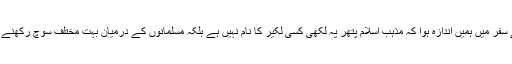
آستارا سے آردیبل کے سفر میں ہمیں اندازہ ہوا کہ مذہب اسلام پتھر پہ لکھی کسی لکیر کا نام نہیں ہے بلکہ مسلمانوں کے درمیان بہت مختلف سوچ رکھنے والے لوگ موجود ہیں۔